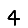
Digit: 4